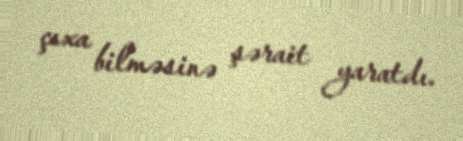
çıxa bilməsinə şərait yaratdı.